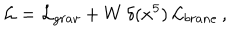
LaTeX: \mathcal { L } = \mathcal { L } _ { g r a v } + W \, \delta ( x ^ { 5 } ) \, \mathcal { L } _ { b r a n e } \, ,